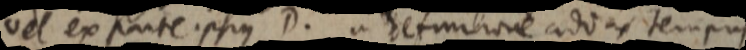
vel ex parte ipsius D. in definitione addas tempus